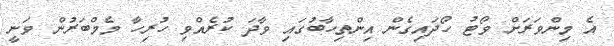
އެ މިންވަރަށް ވޯޓު ހޯދައިގެން އިންތިހާބުގައި ވާދަ ކުރެއްވި ހުރިހާ މެމްބަރުން ވަނީ